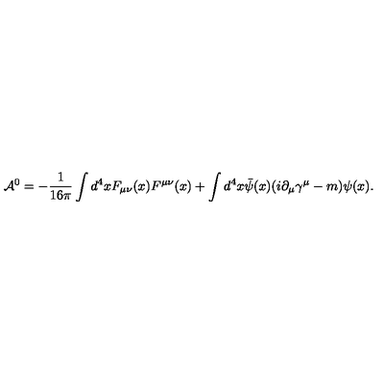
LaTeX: { \cal A } ^ { 0 } = - \frac { 1 } { 1 6 \pi } \int d ^ { 4 } x F _ { \mu \nu } ( x ) F ^ { \mu \nu } ( x ) + \int d ^ { 4 } x { \bar { \psi } } ( x ) ( i \partial _ { \mu } \gamma ^ { \mu } - m ) \psi ( x ) .